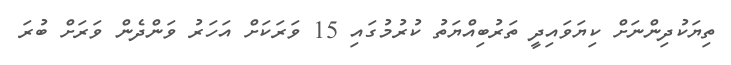
ތިޔަކުދިންނަށް ކިޔަވައިދީ ތަރުބިއްޔަތު ކުރުމުގައި 15 ވަރަކަށް އަހަރު ވަންދެން ވަރަށް ބުރަ